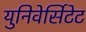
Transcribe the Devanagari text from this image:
युनिवेर्सिटेट